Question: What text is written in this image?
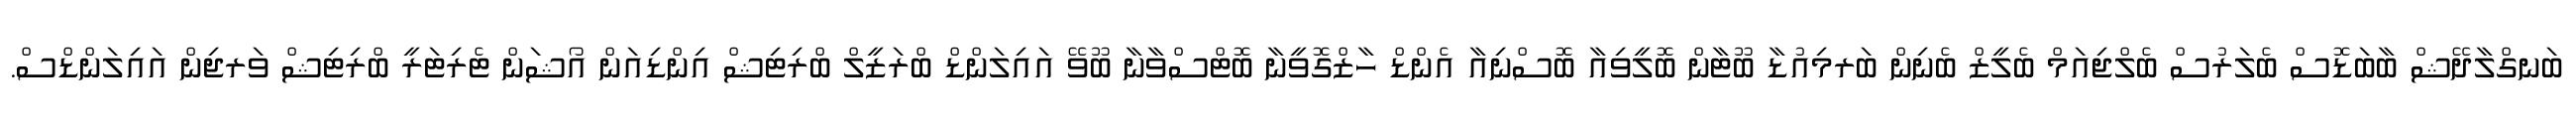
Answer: ބަނގްލާދޭޝް ބާބަޑޮސް ބެލަރުސް ބެލްޖިއަމް ބެލީޒް ބެނިން ބަރމިއުޑާ ބޫޓާން ބޮލީވިއާ ބޮސްނިއާ އެންޑް ހާޒްގޮވީނާ ބޮޓްސްވާނާ ބޫވޭ އައިލަންޑް ބްރަޒީލް ބްރިޓިޝް އިންޑިއަން އޯޝަން ޓެރިޓަރީ ބްރިޓިޝް ވަރޖިން އައިލަންޑްސް.